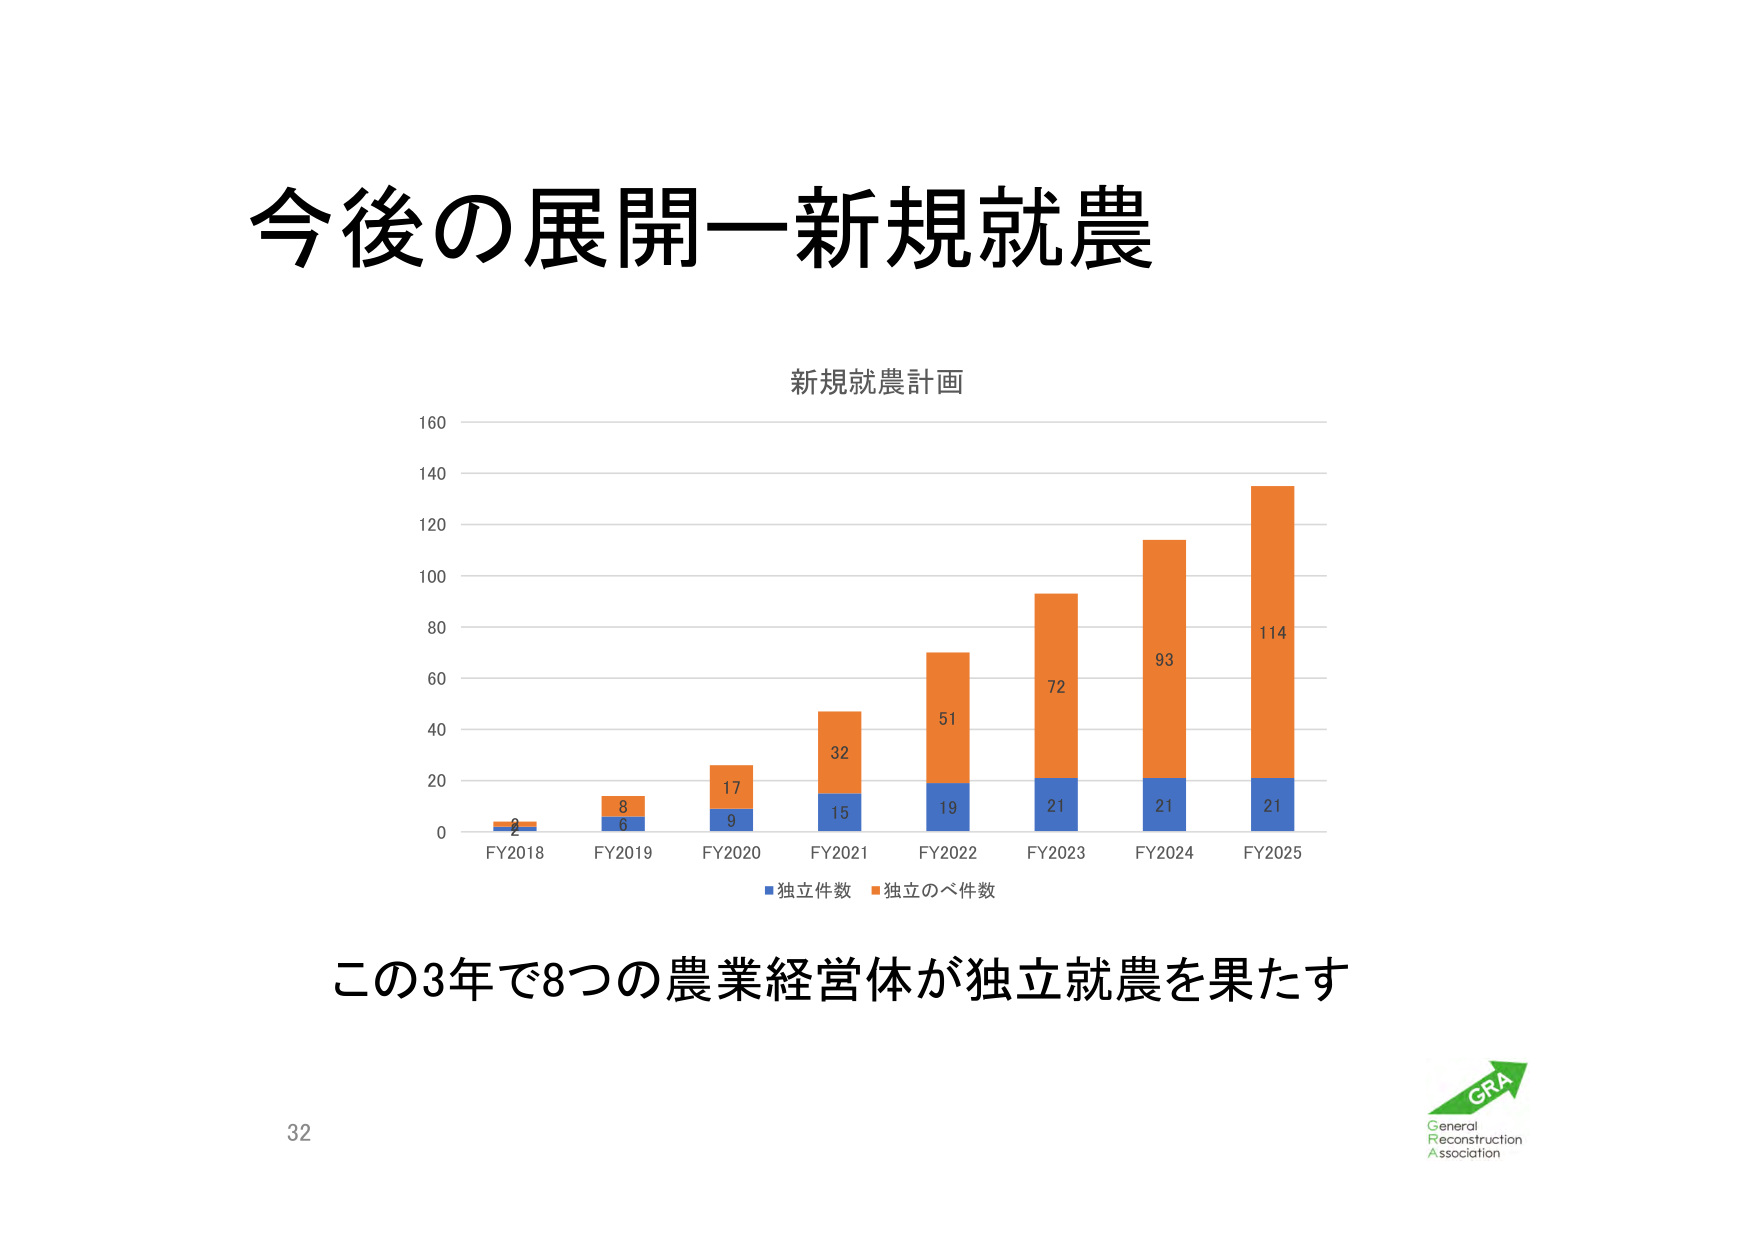
今後の展開ー新規就農

新規就農計画

160
140
120
100
80
60
40
20
0

FY2018  2
FY2019  6  8
FY2020  9  17
FY2021  15  32
FY2022  19  51
FY2023  21  72
FY2024  21  93
FY2025  21  114

■独立件数 ■独立のべ件数

この3年で8つの農業経営体が独立就農を果たす

32

GRA
General
Reconstruction
Association